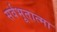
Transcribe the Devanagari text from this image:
सर्वभूतात्मा